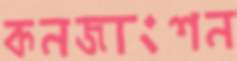
কনজাংশন